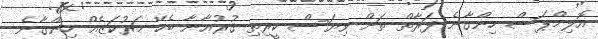
އޮލިމްޕަސް ހިންގާނެ ފަރާތް ތަށް ވިޔަސް ކީރިތި ޤުރުއާނާ ބެހޭ މަރުކަޒެއް ހިންގާނެ